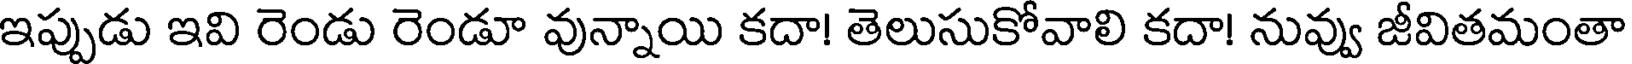
ఇప్పుడు ఇవి రెండు రెండూ వున్నాయి కదా! తెలుసుకోవాలి కదా! నువ్వు జీవితమంతా